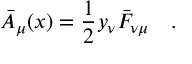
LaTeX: \bar { A } _ { \mu } ( x ) = { \frac { 1 } { 2 } } y _ { \nu } \bar { F } _ { \nu \mu } \quad . \,